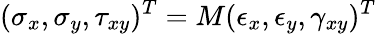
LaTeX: (\sigma_{x},\sigma_{y},\tau_{xy})^{T}=M(\epsilon_{x},\epsilon_{y},\gamma_{xy})^{T}